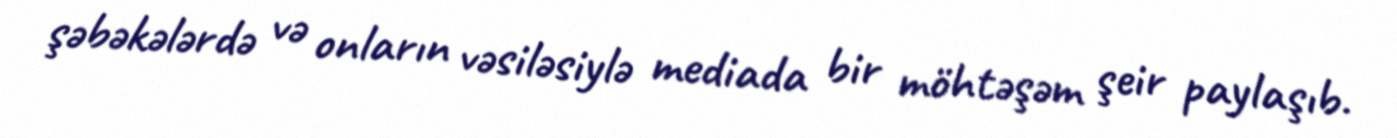
şəbəkələrdə və onların vəsiləsiylə mediada bir möhtəşəm şeir paylaşıb.